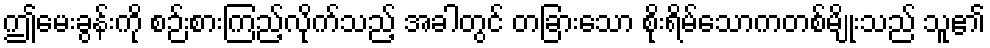
ဤမေးခွန်းကို စဉ်းစားကြည့်လိုက်သည့် အခါတွင် တခြားသော စိုးရိမ်သောကတစ်မျိုးသည် သူ၏